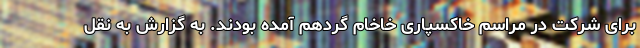
برای شرکت در مراسم خاکسپاری خاخام گردهم آمده بودند. به گزارش به نقل